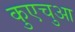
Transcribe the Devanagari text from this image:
कुएचुआ